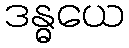
ဒန္ဓယေ